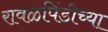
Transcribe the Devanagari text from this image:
रावळपिंडीच्या